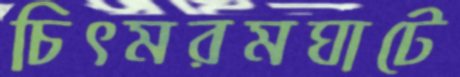
চিৎমরমঘাটে